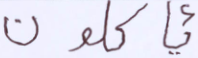
يأكلون